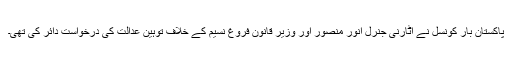
پاکستان بار کونسل نے اٹارنی جنرل انور منصور اور وزیر قانون فروغ نسیم کے خلاف توہین عدالت کی درخواست دائر کی تھی۔